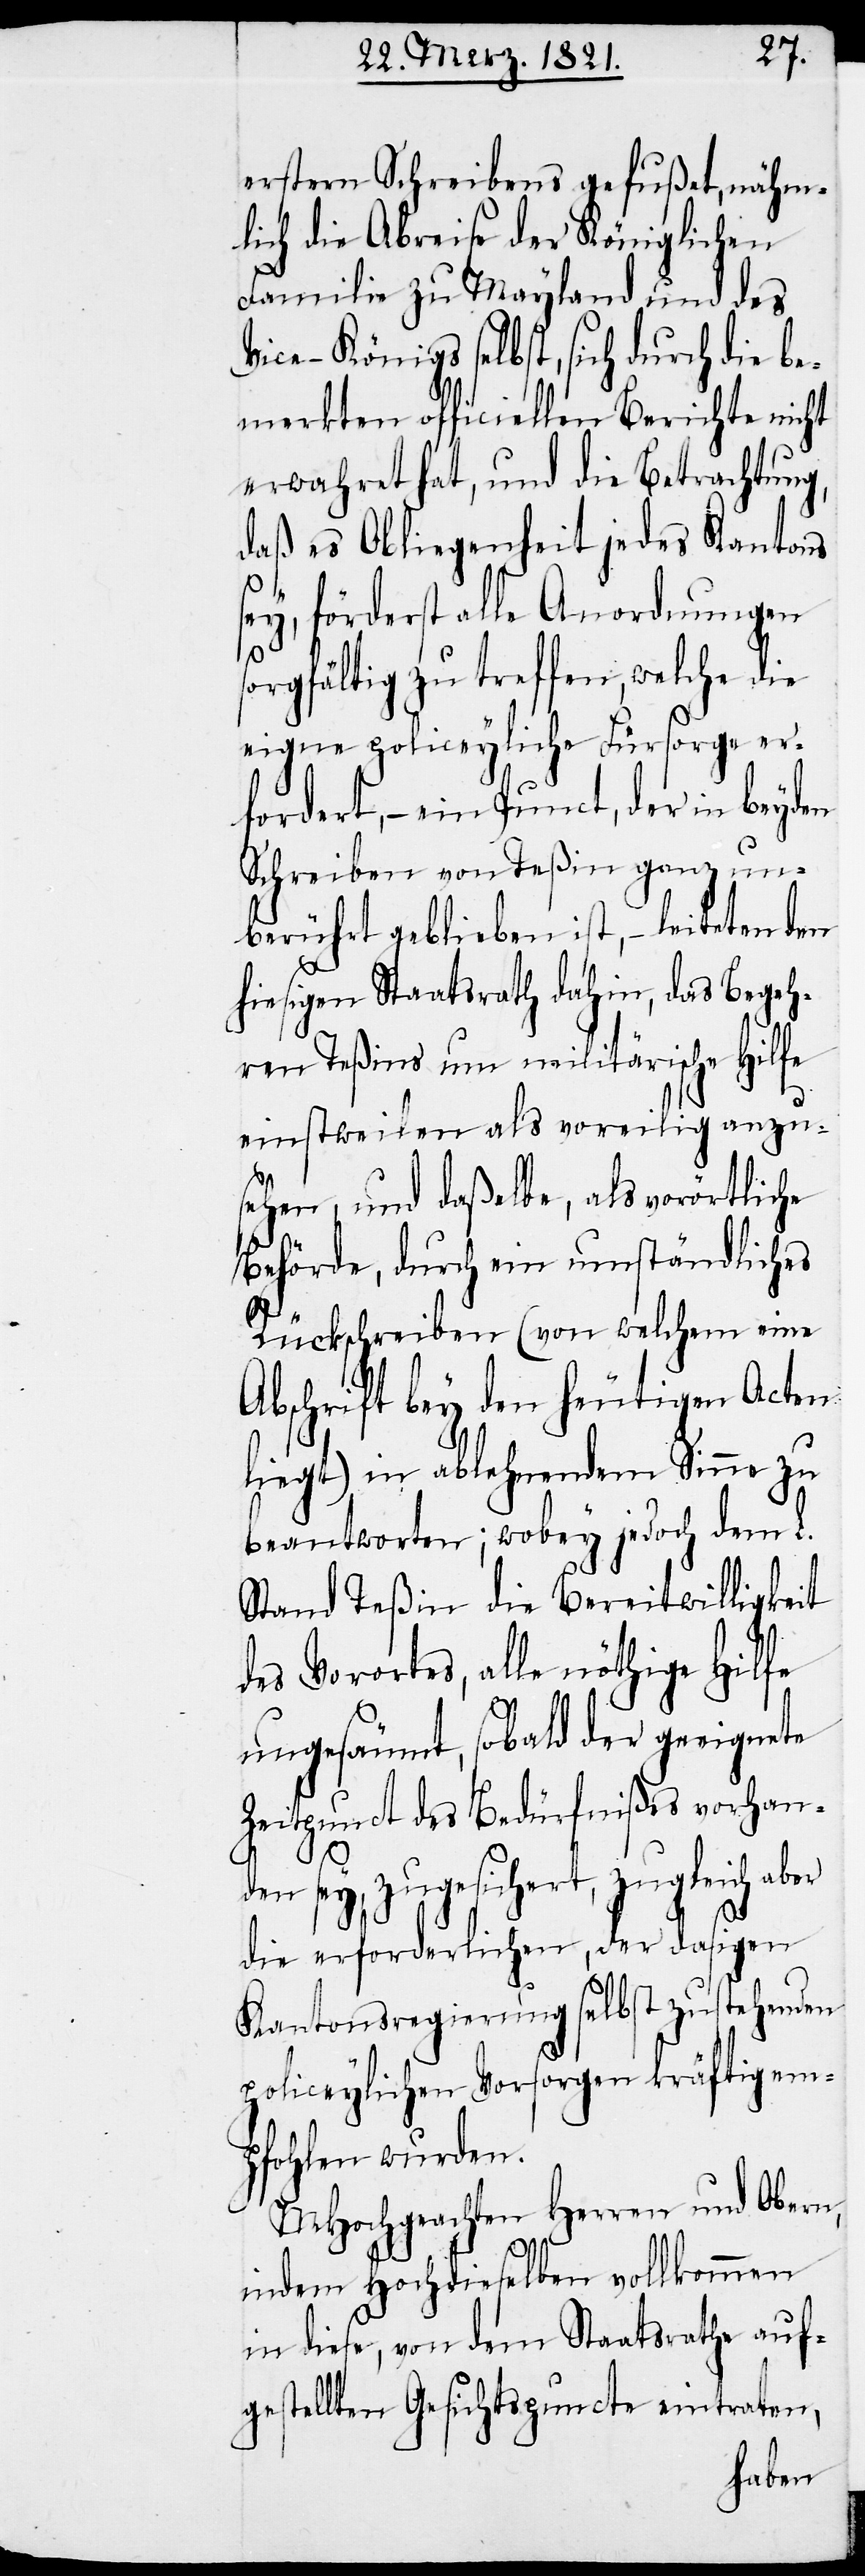
ersten Schreibens gefußet, nähm¬
lich die Abreise der Königlichen
Familie zu Mayland und des
Vice-Königs selbst, sich durch die be¬
merkten officiellen Berichte nicht
erwahret hat, und die Betrachtung,
daß es Obliegenheit jedes Kantons
sey, förderst alle Anordnungen
sorgfältig zu treffen, welche die
eigene policeyliche Fürsorge er¬
fordert, – ein Punct, der in beyden
Schreiben von Teßin ganz un¬
berührt geblieben ist, – leiteten den
hiesigen Staatsrath dahin, das Begeh¬
ren Teßins um militärische Hilfe
einstweilen als voreilig anzu¬
sehen, und daßelbe, als vorörtliche
Behörde, durch ein umständliches
Rückschreiben (von welchem eine
Abschrift bey den heutigen Acten
liegt) in ablehnendem Sinne zu
beantworten; wobey jedoch dem L.
Stand Teßin die Bereitwilligkeit
des Vorortes, alle nöthige Hilfe
ungesäumt, sobald der geeignete
Zeitpunct des Bedürfnißes vorhan¬
den sey, zugesichert, zugleich aber
die erforderlichen, der dasigen
Kantonsregierung selbst zustehenden
policeylichen Vorsorgen kräftig em¬
pfohlen wurden.
MHochgeachten Herren und Obern,
indem Hochdieselben vollkommen
in diese, von dem Staatsrathe auf¬
gestellten Gesichtspuncte eintraten,